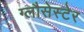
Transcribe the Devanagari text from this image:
ग्लौसेस्टेर